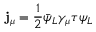
\mathbf { j } _ { \mu } = { \frac { 1 } { 2 } } { \bar { \psi } } _ { L } \gamma _ { \mu } { \boldsymbol { \tau } } \psi _ { L }